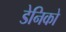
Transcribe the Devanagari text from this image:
डेनिको